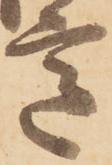
意